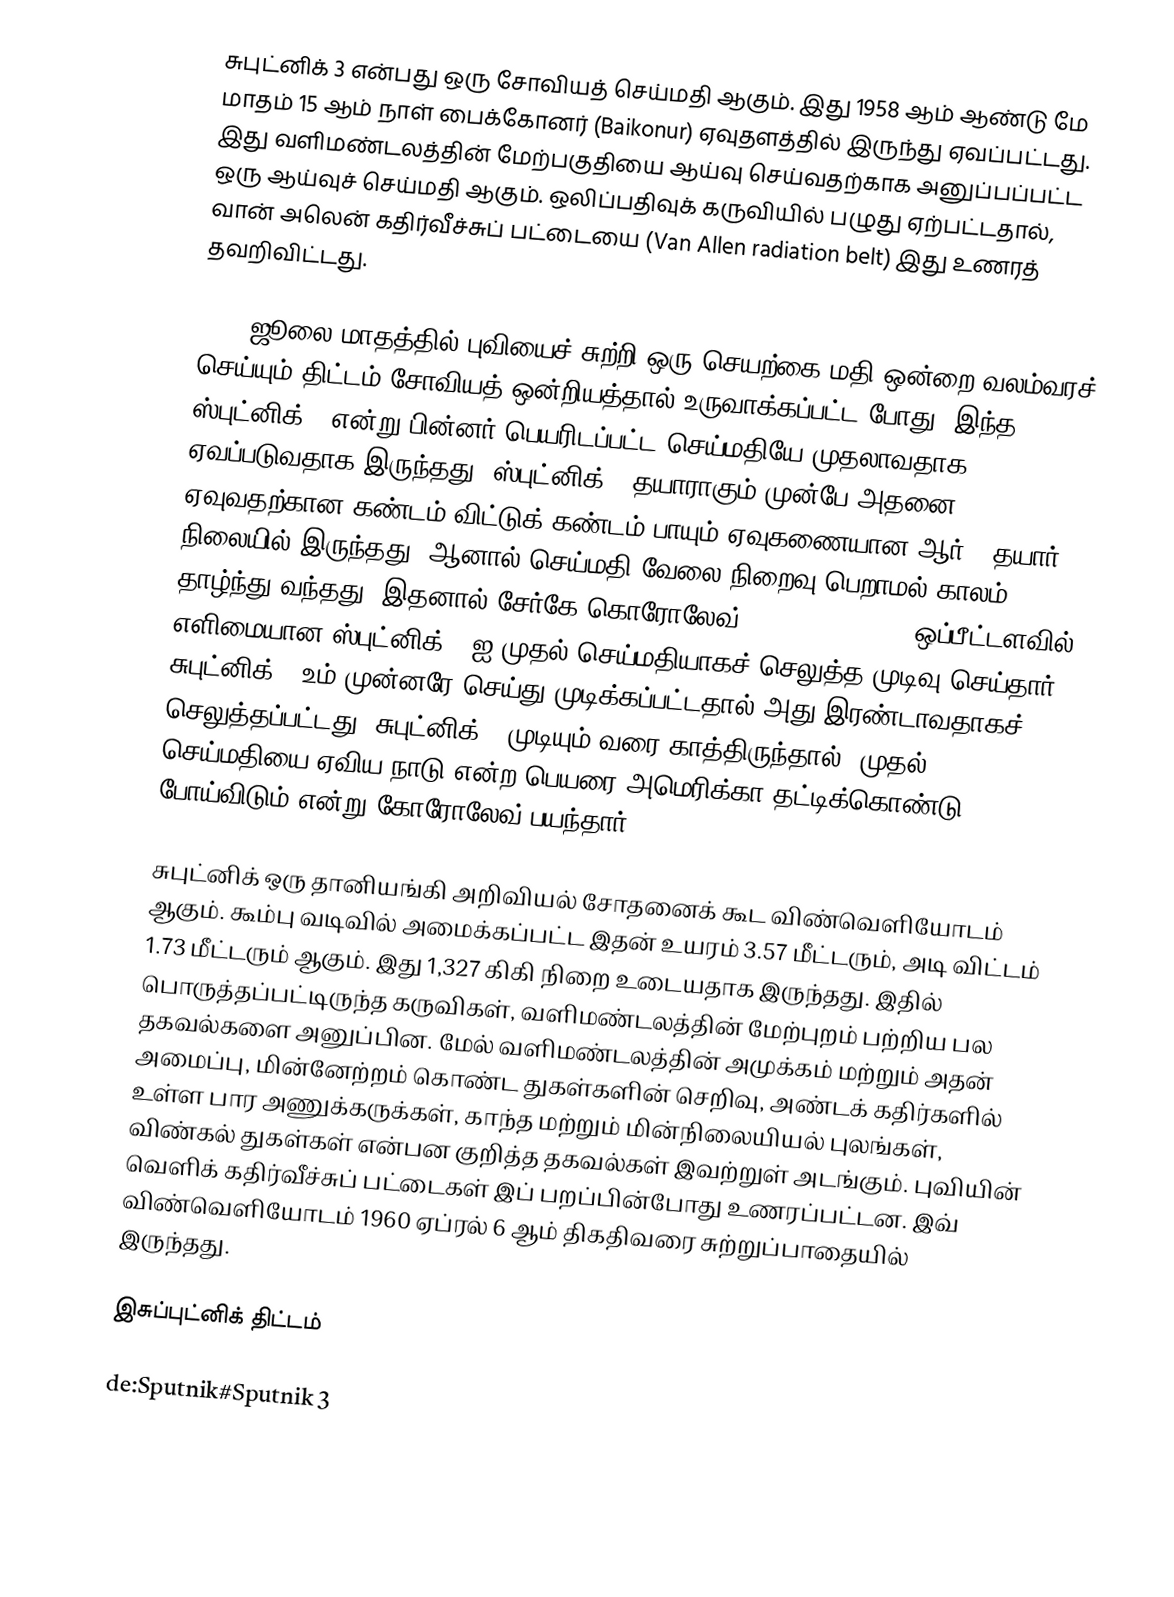
சுபுட்னிக் 3 என்பது ஒரு சோவியத் செய்மதி ஆகும். இது 1958 ஆம் ஆண்டு மே மாதம் 15 ஆம் நாள் பைக்கோனர் (Baikonur) ஏவுதளத்தில் இருந்து ஏவப்பட்டது. இது வளிமண்டலத்தின் மேற்பகுதியை ஆய்வு செய்வதற்காக அனுப்பப்பட்ட ஒரு ஆய்வுச் செய்மதி ஆகும். ஒலிப்பதிவுக் கருவியில் பழுது ஏற்பட்டதால், வான் அலென் கதிர்வீச்சுப் பட்டையை (Van Allen radiation belt) இது உணரத் தவறிவிட்டது.

1956 ஜூலை மாதத்தில் புவியைச் சுற்றி ஒரு செயற்கை மதி ஒன்றை வலம்வரச் செய்யும் திட்டம் சோவியத் ஒன்றியத்தால் உருவாக்கப்பட்ட போது, இந்த ஸ்புட்னிக் 3 என்று பின்னர் பெயரிடப்பட்ட செய்மதியே முதலாவதாக ஏவப்படுவதாக இருந்தது. ஸ்புட்னிக் 3 தயாராகும் முன்பே அதனை ஏவுவதற்கான கண்டம் விட்டுக் கண்டம் பாயும் ஏவுகணையான ஆர்-7 தயார் நிலையில் இருந்தது. ஆனால் செய்மதி வேலை நிறைவு பெறாமல் காலம் தாழ்ந்து வந்தது. இதனால் சேர்கே கொரோலேவ் (Sergei Korolev) ஒப்பீட்டளவில் எளிமையான ஸ்புட்னிக் 1 ஐ முதல் செய்மதியாகச் செலுத்த முடிவு செய்தார். சுபுட்னிக் 2 உம் முன்னரே செய்து முடிக்கப்பட்டதால் அது இரண்டாவதாகச் செலுத்தப்பட்டது. சுபுட்னிக் 3 முடியும் வரை காத்திருந்தால், முதல் செய்மதியை ஏவிய நாடு என்ற பெயரை அமெரிக்கா தட்டிக்கொண்டு போய்விடும் என்று கோரோலேவ் பயந்தார்.

சுபுட்னிக் ஒரு தானியங்கி அறிவியல் சோதனைக் கூட விண்வெளியோடம் ஆகும். கூம்பு வடிவில் அமைக்கப்பட்ட இதன் உயரம் 3.57 மீட்டரும், அடி விட்டம் 1.73 மீட்டரும் ஆகும். இது 1,327 கிகி நிறை உடையதாக இருந்தது. இதில் பொருத்தப்பட்டிருந்த கருவிகள், வளிமண்டலத்தின் மேற்புறம் பற்றிய பல தகவல்களை அனுப்பின. மேல் வளிமண்டலத்தின் அமுக்கம் மற்றும் அதன் அமைப்பு, மின்னேற்றம் கொண்ட துகள்களின் செறிவு, அண்டக் கதிர்களில் உள்ள பார அணுக்கருக்கள், காந்த மற்றும் மின்நிலையியல் புலங்கள், விண்கல் துகள்கள் என்பன குறித்த தகவல்கள் இவற்றுள் அடங்கும். புவியின் வெளிக் கதிர்வீச்சுப் பட்டைகள் இப் பறப்பின்போது உணரப்பட்டன. இவ் விண்வெளியோடம் 1960 ஏப்ரல் 6 ஆம் திகதிவரை சுற்றுப்பாதையில் இருந்தது.

இசுப்புட்னிக் திட்டம்

de:Sputnik#Sputnik 3